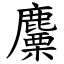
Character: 麜